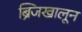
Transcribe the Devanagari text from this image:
ब्रिजखालून